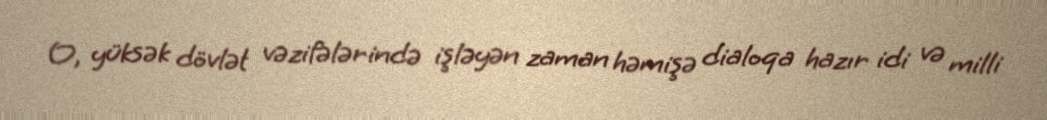
O, yüksək dövlət vəzifələrində işləyən zaman həmişə dialoqa hazır idi və milli